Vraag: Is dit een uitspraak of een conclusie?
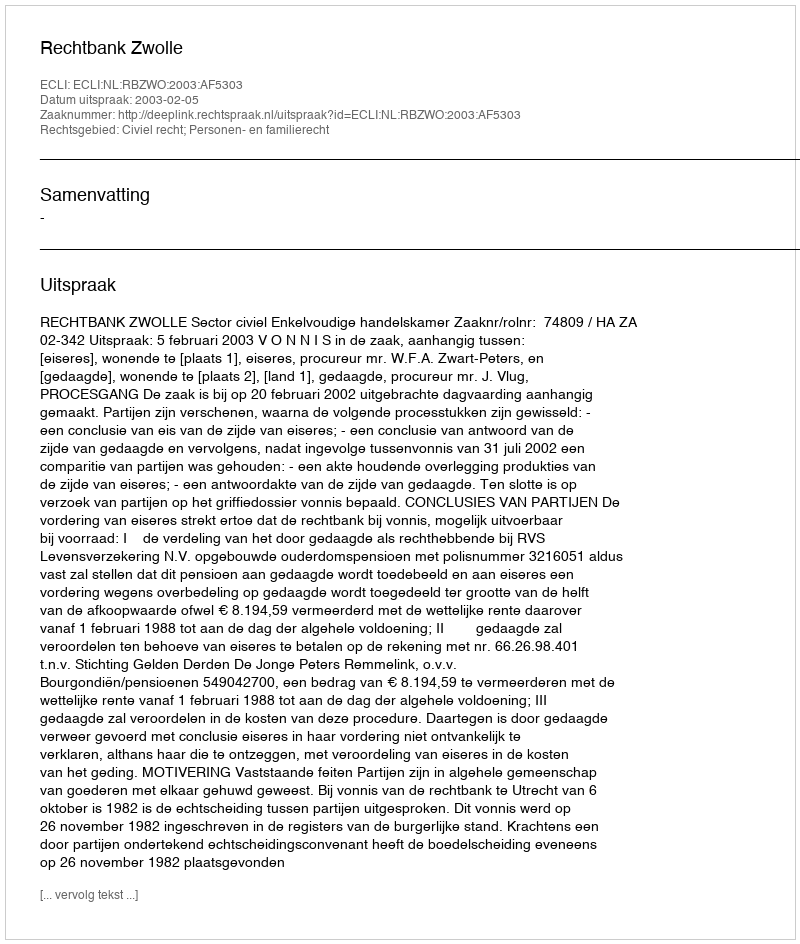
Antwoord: Uitspraak